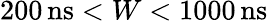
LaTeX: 200\, \mathrm{ns}<W<1000\, \mathrm{ns}